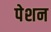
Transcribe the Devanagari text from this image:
पेशन